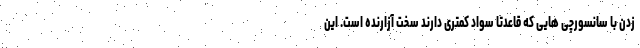
زدن با سانسورچی هایی که قاعدتا سواد کمتری دارند سخت آزارنده است. این